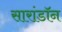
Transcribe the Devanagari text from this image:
सारांडॉन